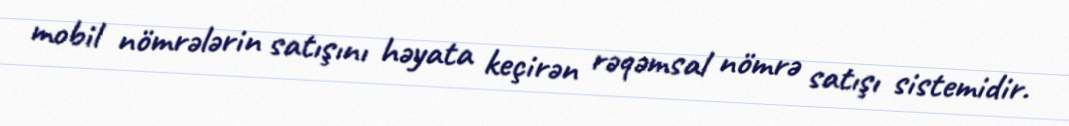
mobil nömrələrin satışını həyata keçirən rəqəmsal nömrə satışı sistemidir.